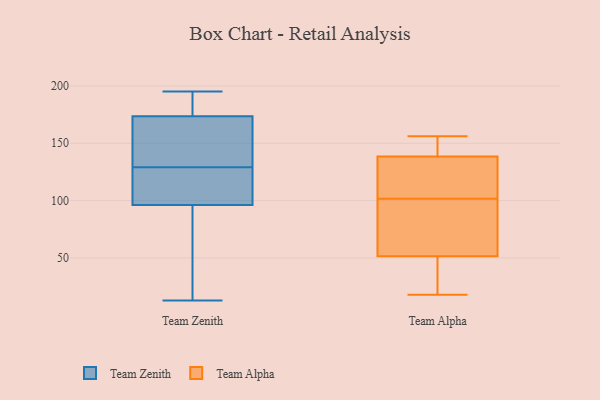
{"axis": {"x": "Shipments", "y": "Value"}, "legend": ["Team Alpha", "Team Zenith"], "data": [{"x": "", "y": 55, "type": "Team Zenith"}, {"x": "", "y": 120, "type": "Team Zenith"}, {"x": "", "y": 133, "type": "Team Zenith"}, {"x": "", "y": 186, "type": "Team Zenith"}, {"x": "", "y": 117, "type": "Team Zenith"}, {"x": "", "y": 176, "type": "Team Zenith"}, {"x": "", "y": 166, "type": "Team Zenith"}, {"x": "", "y": 185, "type": "Team Zenith"}, {"x": "", "y": 96, "type": "Team Zenith"}, {"x": "", "y": 29, "type": "Team Zenith"}, {"x": "", "y": 152, "type": "Team Zenith"}, {"x": "", "y": 140, "type": "Team Zenith"}, {"x": "", "y": 129, "type": "Team Zenith"}, {"x": "", "y": 195, "type": "Team Zenith"}, {"x": "", "y": 13, "type": "Team Zenith"}, {"x": "", "y": 99, "type": "Team Zenith"}, {"x": "", "y": 186, "type": "Team Zenith"}, {"x": "", "y": 49, "type": "Team Zenith"}, {"x": "", "y": 97, "type": "Team Zenith"}, {"x": "", "y": 138, "type": "Team Alpha"}, {"x": "", "y": 76, "type": "Team Alpha"}, {"x": "", "y": 139, "type": "Team Alpha"}, {"x": "", "y": 154, "type": "Team Alpha"}, {"x": "", "y": 28, "type": "Team Alpha"}, {"x": "", "y": 108, "type": "Team Alpha"}, {"x": "", "y": 156, "type": "Team Alpha"}, {"x": "", "y": 42, "type": "Team Alpha"}, {"x": "", "y": 107, "type": "Team Alpha"}, {"x": "", "y": 18, "type": "Team Alpha"}, {"x": "", "y": 61, "type": "Team Alpha"}, {"x": "", "y": 96, "type": "Team Alpha"}]}